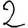
Digit: 2